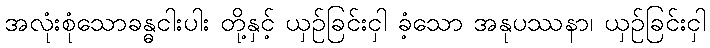
အလုံးစုံသောခန္ဓငါးပါး တို့နှင့် ယှဉ်ခြင်းငှါ ခံ့သော အနုပဿနာ၊ ယှဉ်ခြင်းငှါ